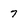
Character: 7